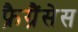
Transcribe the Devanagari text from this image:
फ्रैग्रैंसेस